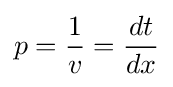
p={\frac {1}{v}}={\frac {dt}{dx}}